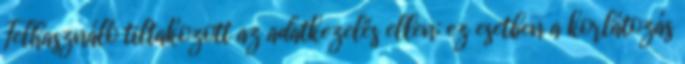
Felhasználó tiltakozott az adatkezelés ellen; ez esetben a korlátozás